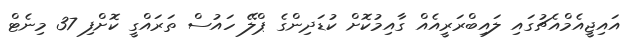
އައިޖީއެމްއެޗުގައި ލައިބްރަރީއެއް ގާއިމުކޮށް ކުޑަދިންގެ ޕްލޭ ހައުސް ތަރައްގީ ކޮށްފި 37 މިނެޓް